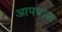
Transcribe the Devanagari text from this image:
आपपास